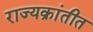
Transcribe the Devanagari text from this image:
राज्यक्रांतीत